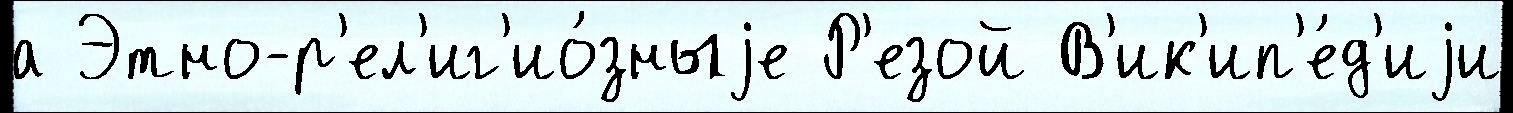
а Этно-р'ел'иг'ио́зныjе Р'езой В'ик'ип'е́д'иjи